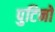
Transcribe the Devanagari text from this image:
पुटिनो